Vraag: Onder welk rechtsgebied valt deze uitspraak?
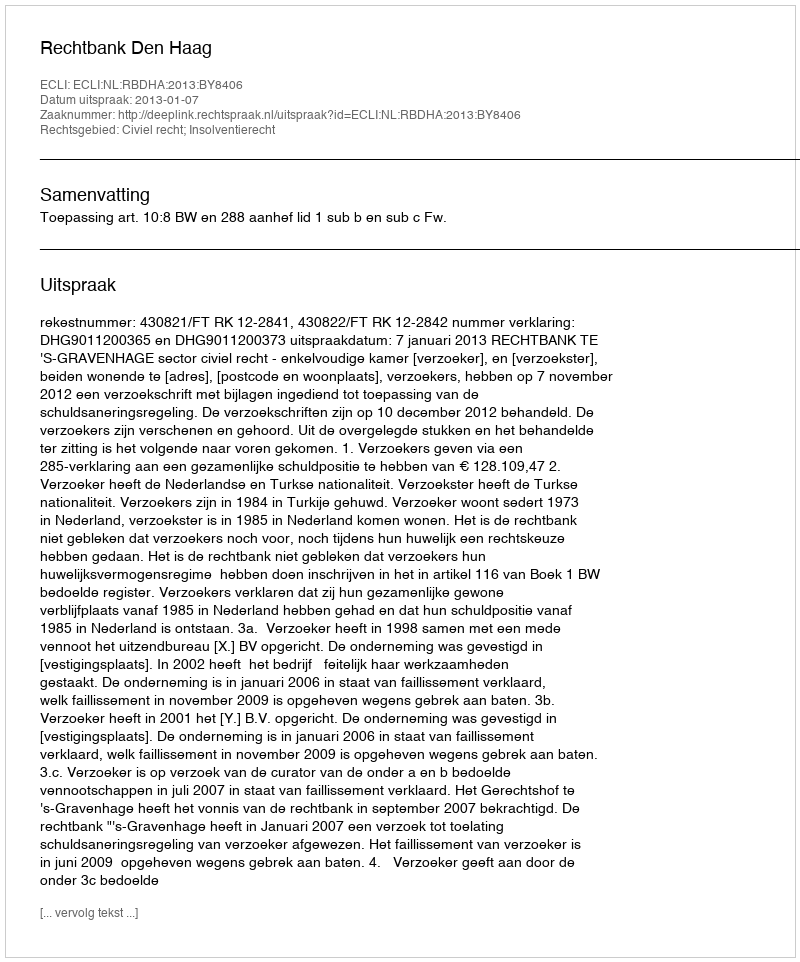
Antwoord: Civiel recht; Insolventierecht